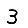
Digit: 3